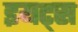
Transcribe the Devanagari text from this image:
इयट्स